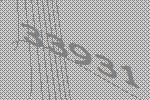
33931